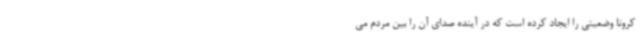
کرونا وضعیتی را ایجاد کرده است که در آینده صدای آن را بین مردم می